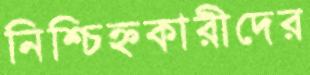
নিশ্চিহ্নকারীদের